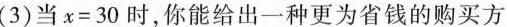
(3)当x=30时，你能给出一种更为省钱的购买方